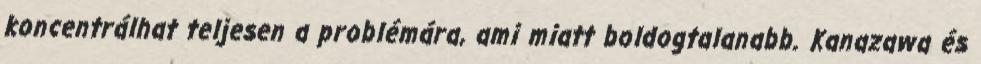
koncentrálhat teljesen a problémára, ami miatt boldogtalanabb. Kanazawa és